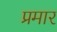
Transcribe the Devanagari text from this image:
प्रमार